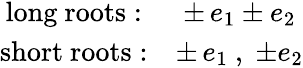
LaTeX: \begin{array}{cc}{{\mathrm{long~roots:}}}&{{\pm\, e_{1}\pm e_{2}}}\\ {{\mathrm{short~roots:}}}&{{\pm\, e_{1}~,\; \pm e_{2}}}\end{array}